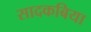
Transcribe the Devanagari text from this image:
सादकबिया